Emmaste_vallavalitsus, lk 27
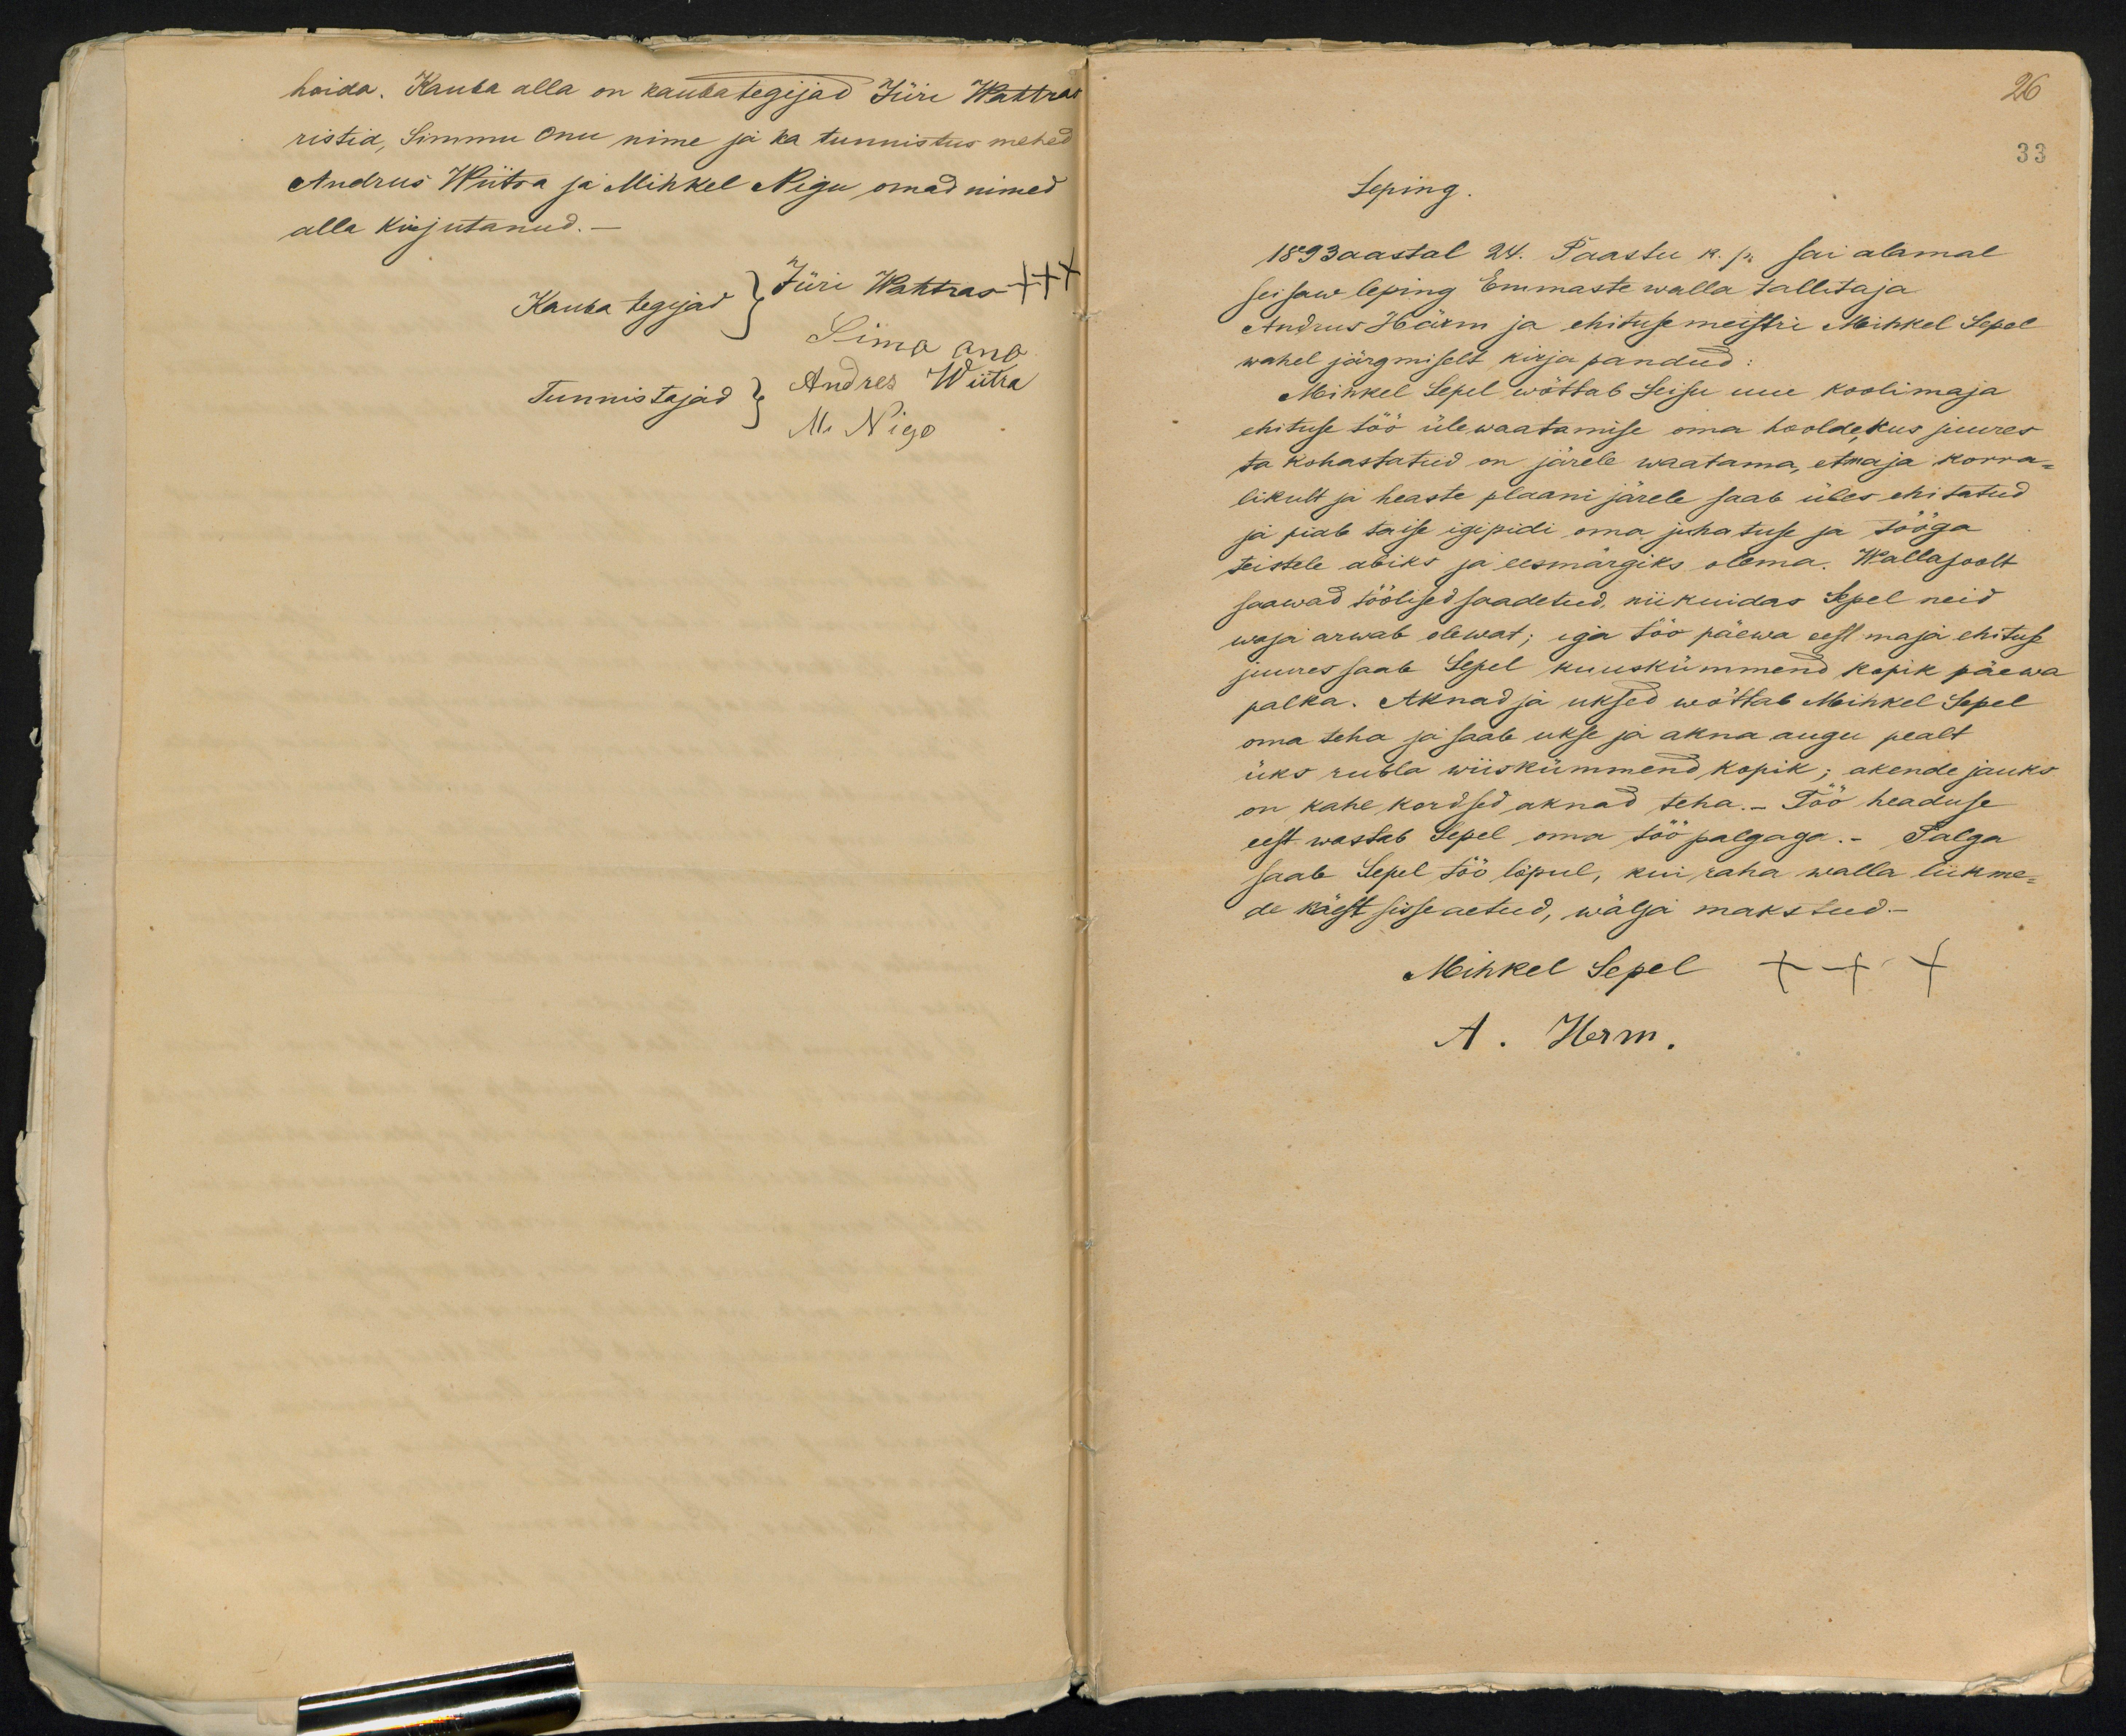
hoida. Kauba alla on kauba tegijad Jüri Wahtras
ristid, Simmu Onu nime ja ka tunnistus mehed
Andrus Wiitra ja Mihkel Nigu omad nimed
alla kirjutanud.
Kauba tegejad, Jüri Wahtras ++
Simo Ono
Tunnistajad:
Andres Wiitra
M. Nigo

26
33
Leping.
1893 aastal 24. Paastu k. p. sai alamal
seisaw leping Emmaste walla tallitaja
Andrus Härm ja ehituse meistri Mihkel Sepel
wahel järgmiselt kirja pandud:
Minkel Sepel wõttab Seisu uue koolimaja
ehituse töö üle waatamise oma hooldekus juures
ta kohustatud on järele waatama, et maja korra-
likult ja heaste plaani järele saab üles ehitatud
ja piab ta ise igipidi oma juhatuse ja tööga
teistele abiks ja eesmärgiks olema. Walla poolt
saawad töölised saadetud, nii kuidas Sepel neid
waja arwab olewat; ega töö päewa eest maja ehituse
juures saab Sepel kuuskümmend kopik päewa
palka. Aknad ja uksed wõttab Mihkel Sepel
oma teha ja saab ukse ja akna augu pealt
üks rubla wiiskümmend kopik; akende jauks
on kahe kordsed aknad teha.- Töö headuse
eest wastab Sepel oma töö palgaga.- Palga
saab Sepel töö lõpul, kui raha walla liikme-
de käest sisse aetud, wälja makstud.-
Mihkel Sepel +++
A. Herm.